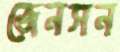
জেনসন